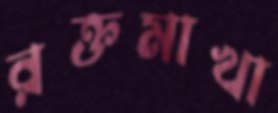
রক্তমাখা